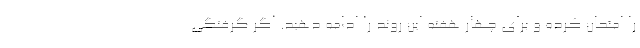
را امتحان کرده و برای چهار هفته این روند را ادامه دهید. اگر گرفتگی